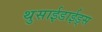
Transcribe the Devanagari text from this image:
थुसाईडाईड्स